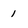
Character: 1